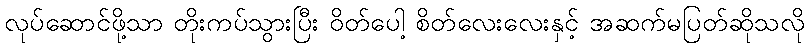
လုပ်ဆောင်ဖို့သာ တိုးကပ်သွားပြီး ဝိတ်ပေါ့ စိတ်လေးလေးနှင့် အဆက်မပြတ်ဆိုသလို